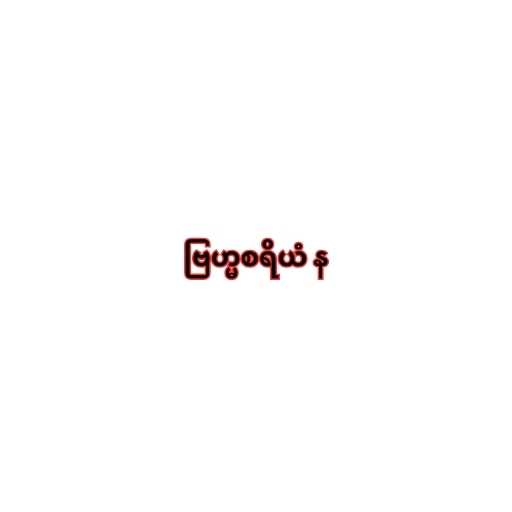
ဗြဟ္မစရိယံ န